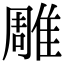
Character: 雕